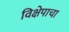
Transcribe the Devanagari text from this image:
विक्षेपाचा